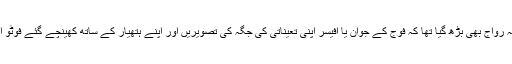
حال کے دنوں میں یہ رواج بھی بڑھ گیا تھا کہ فوج کے جوان یا آفیسر اپنی تعیناتی کی جگہ کی تصویریں اور اپنے ہتھیار کے ساتھ کھینچے گئے فوٹو اپ لوڈ کررہے تھے۔